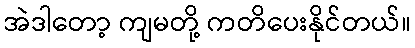
အဲဒါတော့ ကျမတို့ ကတိပေးနိုင်တယ်။